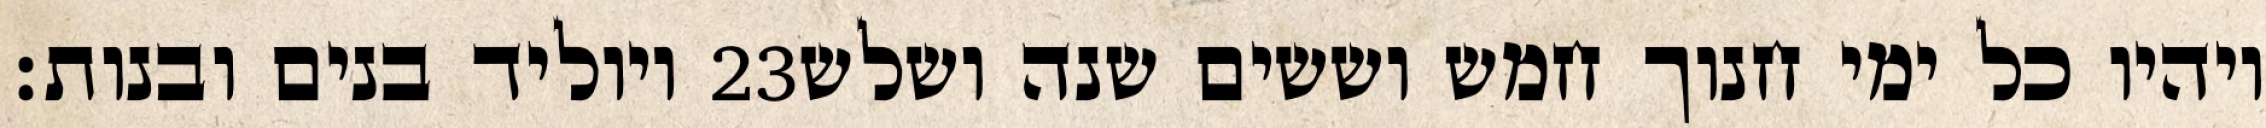
ויוליד בנים ובנות׃ ‎23‏ ויהיו כל ימי חנוך חמש וששים שנה ושלש